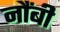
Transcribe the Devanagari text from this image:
नौंबी